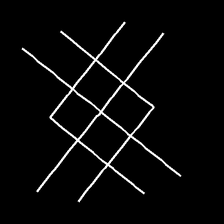
Glyph: crystal